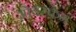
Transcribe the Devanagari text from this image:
ओवरकम